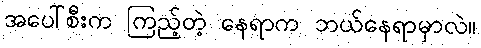
အပေါ်စီးက ကြည့်တဲ့ နေရာက ဘယ်နေရာမှာလဲ။